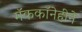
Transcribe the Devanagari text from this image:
मॅककॉनेहीने